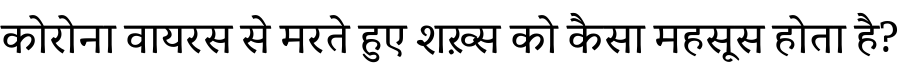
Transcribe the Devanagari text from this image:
कोरोना वायरस से मरते हुए शख़्स को कैसा महसूस होता है?